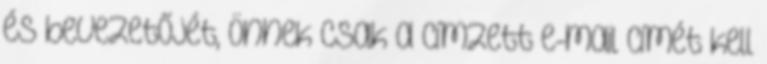
és bevezetőjét, önnek csak a címzett e-mail címét kell